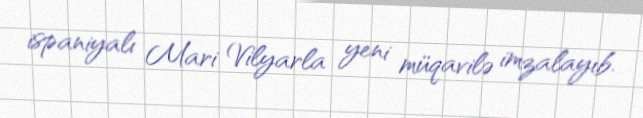
ispaniyalı Mari Vilyarla yeni müqavilə imzalayıb.